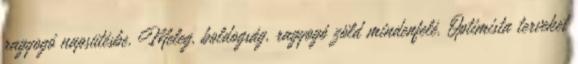
ragyogó napsütésbe. Meleg, boldogság, ragyogó zöld mindenfelé. Optimista terveket